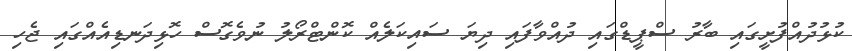
ކުޅުދުއްފުށީގައި ބާރު ސްޕީޑްގައި ދުއްވާފައި ދިޔަ ސައިކަލެއް ކޮންޓްރޯލު ނުވެގޮސް ހޮޅިދަނޑިއެއްގައި ޖެހި